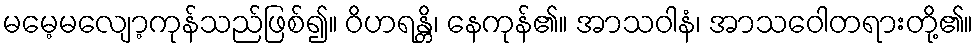
မမေ့မလျော့ကုန်သည်ဖြစ်၍။ ဝိဟရန္တိ၊ နေကုန်၏။ အာသဝါနံ၊ အာသဝေါတရားတို့၏။